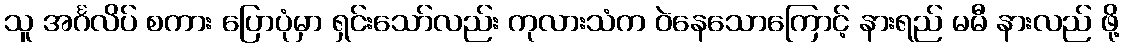
သူ အင်္ဂလိပ် စကား ပြောပုံမှာ ရှင်းသော်လည်း ကုလားသံက ဝဲနေသောကြောင့် နားရည် မမီ နားလည် ဖို့